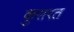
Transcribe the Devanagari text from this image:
कुसरत